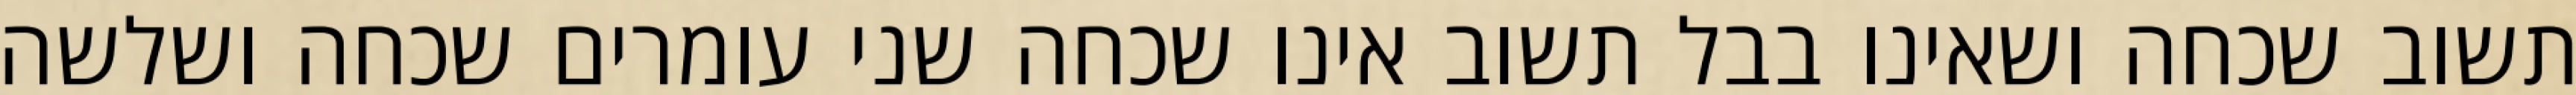
תשוב שכחה ושאינו בבל תשוב אינו שכחה שני עומרים שכחה ושלשה